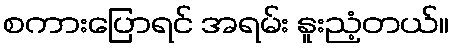
စကားပြောရင် အရမ်း နူးညံ့တယ်။